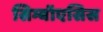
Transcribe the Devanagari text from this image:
सिम्बॉएसिस